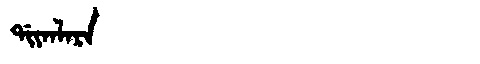
Manchu: ᡩᡳᠶᠠᠨᠯᠠᡵᠠ
Romanization: DIYANLARA